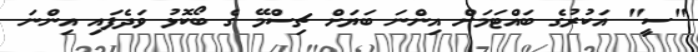
"ސީ" އަކުރުގެ ބައްޓަމަށް އިންނަ ބަޔަށް ޗިސްމޭ ގެ ބޯކޮޅު ވަދެފައި އިންނަ